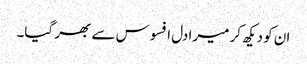
ان کو دیکھ کر میرا دل افسوس سے بھر گیا۔